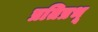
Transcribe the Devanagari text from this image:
प्रतिप्रभू